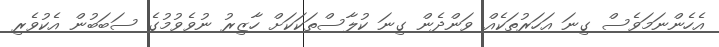
އެހެންނަމަވެސް ގިނަ އަހަރުތަކެއް ވަންދެން ގިނަ ކުލާސްތަކަކަށް ހާޒިރު ނުވެވުމުގެ ސަބަބުން އެކުވެރި